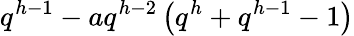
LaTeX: q^{h-1}-aq^{h-2}\left(q^{h}+q^{h-1}-1\right)